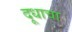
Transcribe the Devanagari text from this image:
दूधाचा